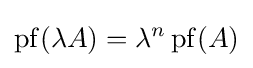
\operatorname {pf} (\lambda A)=\lambda ^{n}\operatorname {pf} (A)